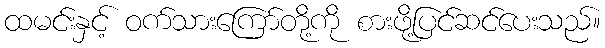
ထမင်းနှင့် ဝက်သားကြော်တို့ကို စားဖို့ပြင်ဆင်ပေးသည်။